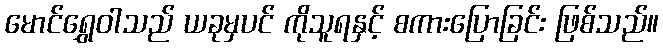
မောင်ရွှေဝါသည် ယခုမှပင် ကိုသူရနှင့် စကားပြောခြင်း ဖြစ်သည်။